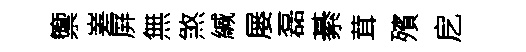
籞嵳屏無煞緘屡磊綦茸殯戹